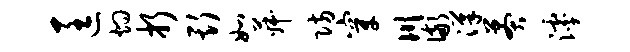
匡灼折斯如菽防穿川儆汉莽滹